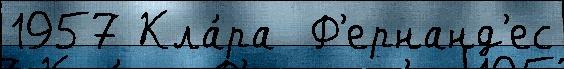
1957 Кла́ра  Ф'ернанд'ес